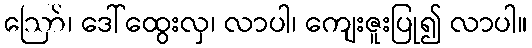
ဪ၊ ဒေါ်ထွေးလှ၊ လာပါ၊ ကျေးဇူးပြု၍ လာပါ။